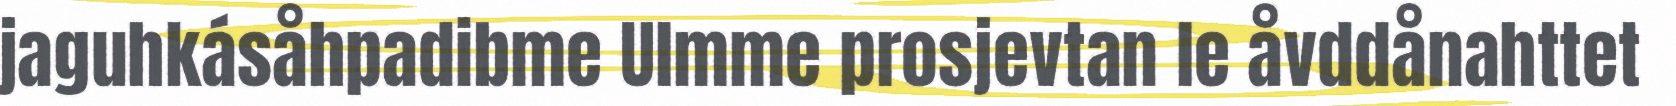
jaguhkásåhpadibme Ulmme prosjevtan le åvddånahttet